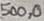
Text: 500,0